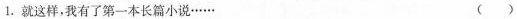
1.就这样，我有了第一本长篇小说……()